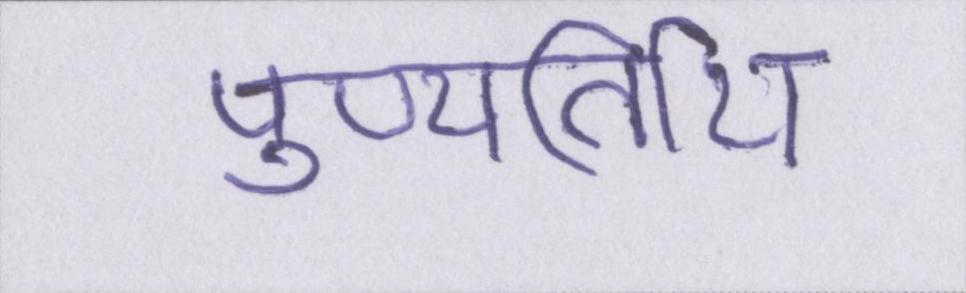
पुण्यतिथि